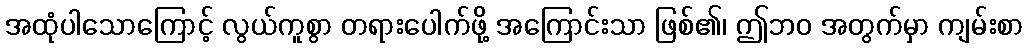
အထုံပါသောကြောင့် လွယ်ကူစွာ တရားပေါက်ဖို့ အကြောင်းသာ ဖြစ်၏၊ ဤဘဝ အတွက်မှာ ကျမ်းစာ